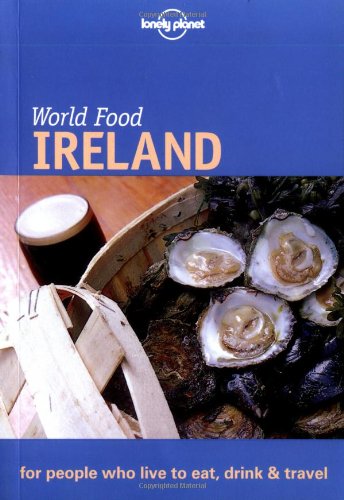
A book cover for Lonely Planet World Food Ireland; Martin Hughes; Cookbooks, Food & Wine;